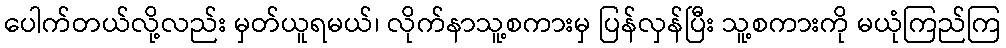
ပေါက်တယ်လို့လည်း မှတ်ယူရမယ်၊ လိုက်နာသူ့စကားမှ ပြန်လှန်ပြီး သူ့စကားကို မယုံကြည်ကြ